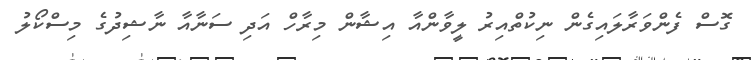
ގޮސް ފެންވަރާލައިގެން ނިކުތްއިރު ލީވާންއާ އިޝާން މިރާހް އަދި ސަނާއާ ނާޝިދުގެ މިސްކޯލު